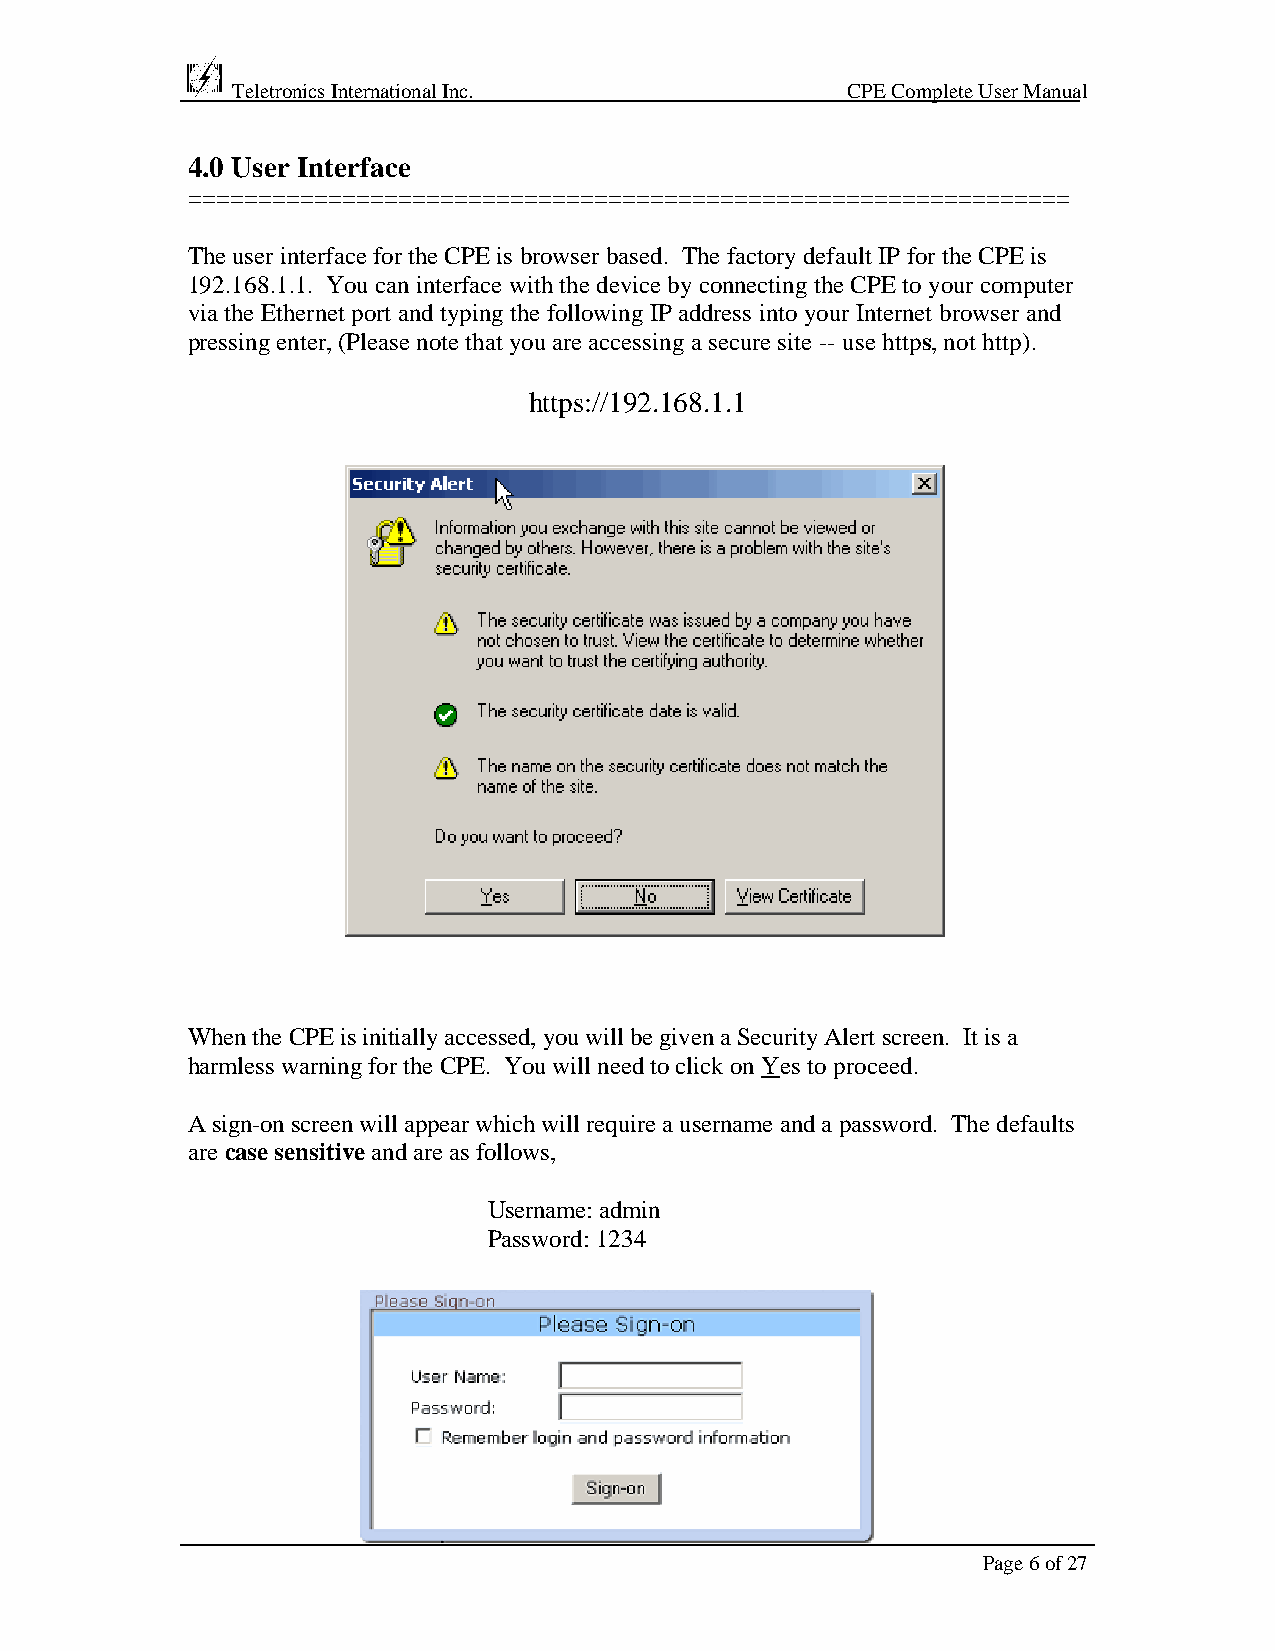
Teletronics International Inc.           CPE Complete User Manual
 4.0 User Interface
 ===============================================================
 The user interface for the CPE is browser based. The factory default IP for the CPE is
 192.168.1.1. You can interface with the device by connecting the CPE to your computer
 via the Ethernet port and typing the following IP address into your Internet browser and
 pressing enter, (Please note that you are accessing a secure site -- use https, not http).
 https://192.168.1.1
 When the CPE is initially accessed, you will be given a Security Alert screen. It is a
 harmless warning for the CPE. You will need to click on Yes to proceed.
 A sign-on screen will appear which will require a username and a password. The defaults
 are case sensitive and are as follows,
 Username: admin
 Password: 1234
 Page 6 of 27